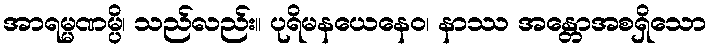
အာရမ္မဏမ္ပိ၊ သည်လည်း။ ပုရိမနယေနေဝ၊ နာဿ အန္တောအစရှိသော